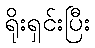
ရိုးရှင်းပြီး